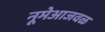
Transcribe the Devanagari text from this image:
नूमेआजवळ